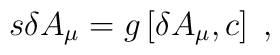
s\delta A_\mu =g\left[ \delta A_\mu ,c\right] \;,